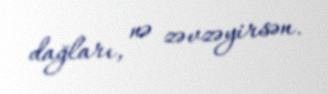
dağları, nə zəvzəyirsən.